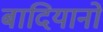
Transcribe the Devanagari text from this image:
बादियानो